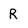
Character: R